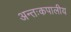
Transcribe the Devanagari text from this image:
अन्तःकपालीय